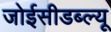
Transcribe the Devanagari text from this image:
जोईसीडब्ल्यू